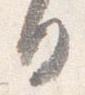
日